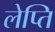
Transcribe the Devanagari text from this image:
लेप्ति